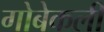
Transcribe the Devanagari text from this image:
गोबेकली